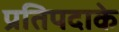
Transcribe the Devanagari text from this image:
प्रतिपदाके